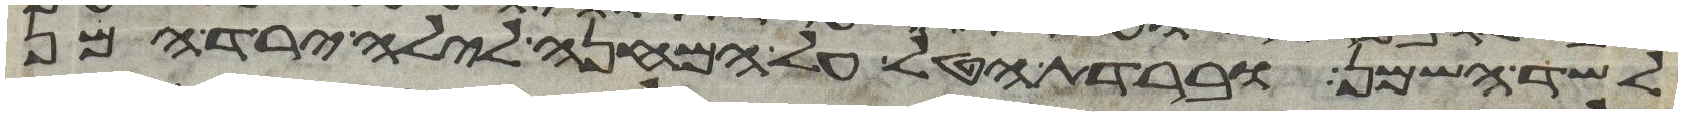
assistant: לשד השמן וברדת הטל על המחנה לילה ירד המן